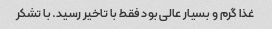
غذا گرم و بسیار عالی بود فقط با تاخیر رسید. با تشکر